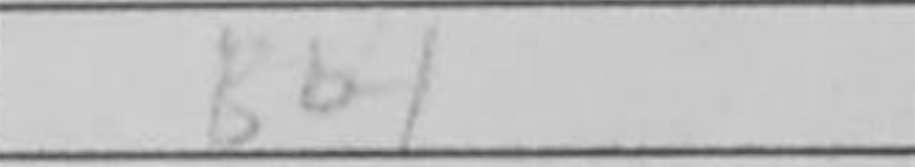
Transcription: Bb4